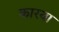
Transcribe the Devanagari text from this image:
कारया